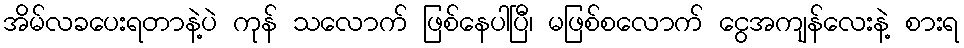
အိမ်လခပေးရတာနဲ့ပဲ ကုန် သလောက် ဖြစ်နေပါပြီ၊ မဖြစ်စလောက် ငွေအကျန်လေးနဲ့ စားရ